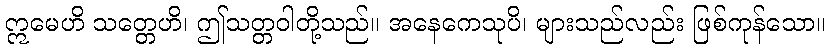
ဣမေဟိ သတ္တေဟိ၊ ဤသတ္တဝါတို့သည်။ အနေကေသုပိ၊ များသည်လည်း ဖြစ်ကုန်သော။